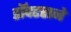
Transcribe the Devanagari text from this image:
डॉक्टराने